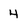
Character: 4